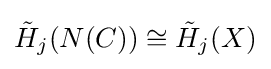
{\tilde {H}}_{j}(N(C))\cong {\tilde {H}}_{j}(X)